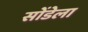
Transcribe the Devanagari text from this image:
सोंडेला